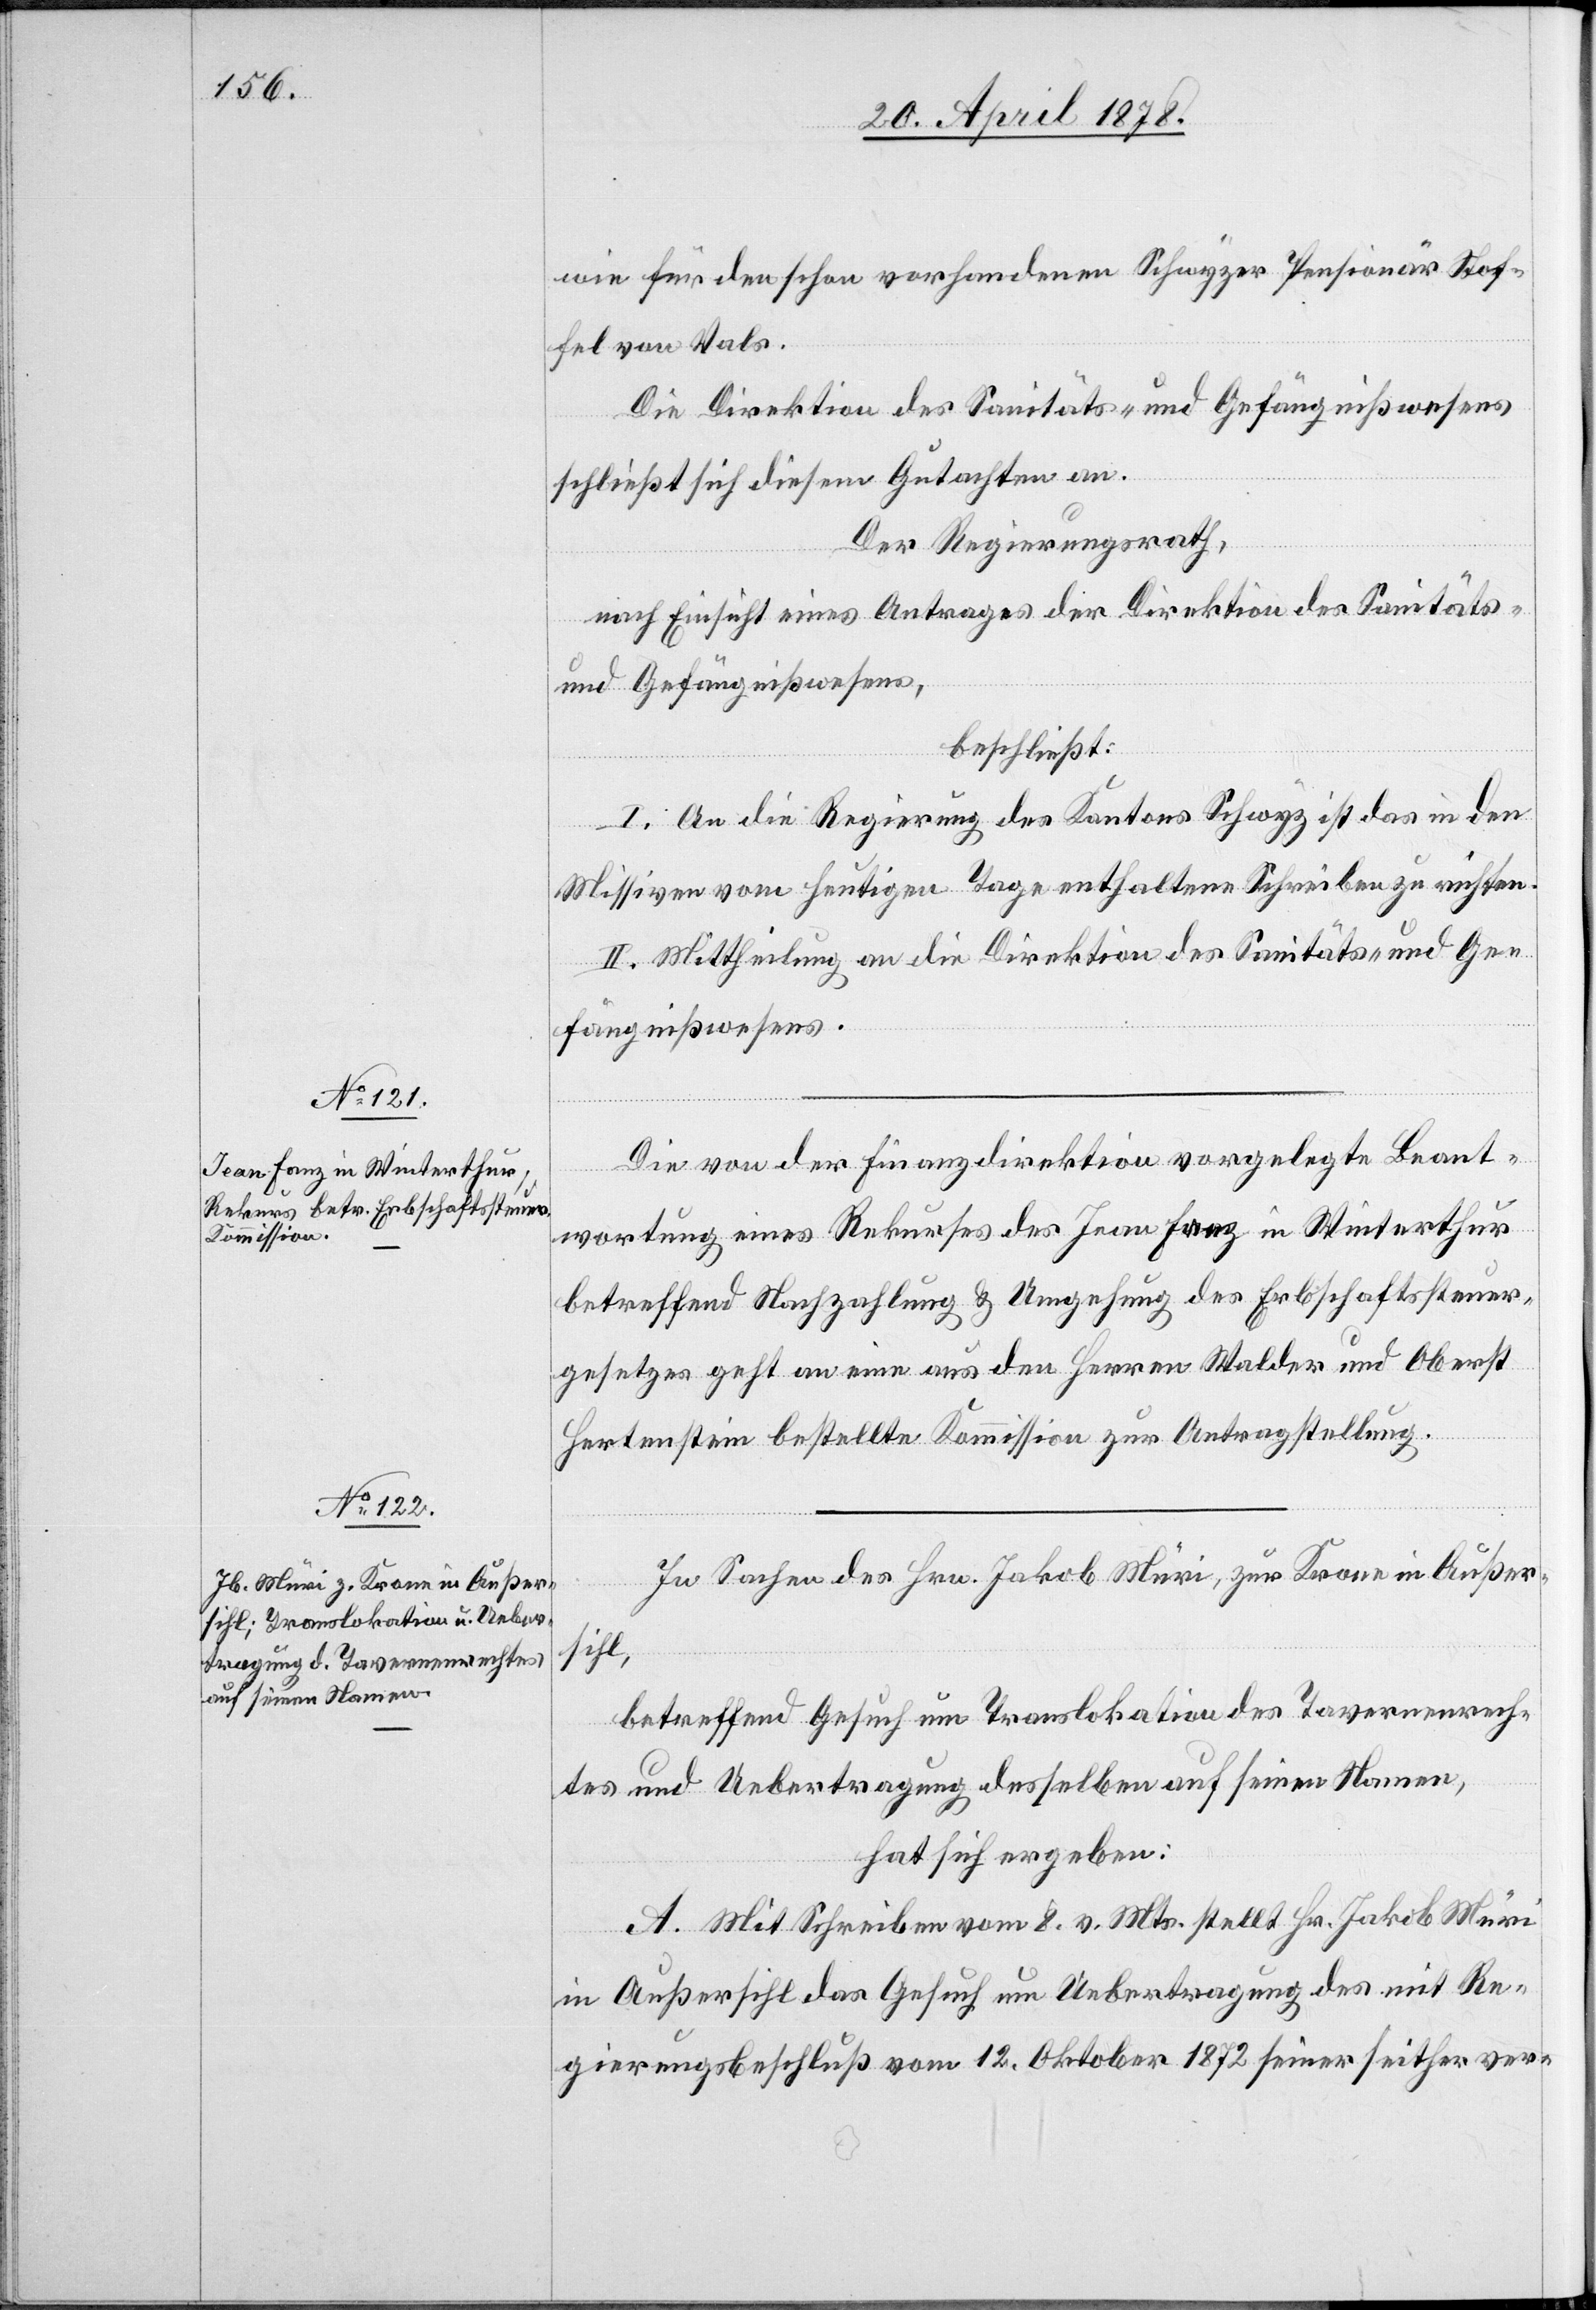
wie für den schon vorhandenen Schwyzer Pensionär Stof¬
fel von Vals.
Die Direktion des Sanitäts- & Gefängnißwesens
schließt sich diesem Gutachten an.
Der Regierungsrath,
nach Einsicht eines Antrages der Direktion des Sanitäts-
beschließt:
I. An die Regierung des Kantons Schwyz ist das in den
Missiven vom heutigen Tage enthaltene Schreiben zu richten.
II. Mittheilung an die Direktion des Sanitäts- & Ge¬
fängnißwesens.
Die von der Finanzdirektion vorgelegte Beant¬
wortung eines Rekurses des Jean Fanz in Winterthur
betreffend Nachzahlung & Umgehung des Erbschaftssteuer¬
gesetzes geht an eine aus den Herren Walder und Oberst
Hertenstein bestellte Kommission zur Antragstellung.
In Sachen des Hrn. Jakob Müri, zur Krone in Außer¬
sihl,
betreffend Gesuch um Translokation des Tavernenrech¬
tes und Uebertragung desselben auf seinen Namen,
hat sich ergeben:
A. Mit Schreiben vom 8. v. Mts. stellt Hr. Jakob Müri
in Außersihl das Gesuch um Uebertragung des mit Re¬
gierungsbeschluß vom 12. Oktober 1872 seiner seither ver-